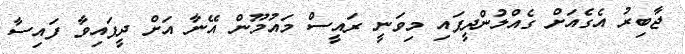
ޖާބިރު އެގެއަށް ގެއްލުންދީފައި މިވަނީ ރައީސް މައުމޫން އޭނާ އަށް ދީފައިވާ ފައިސާ